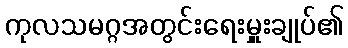
ကုလသမဂ္ဂအတွင်းရေးမှူးချုပ်၏